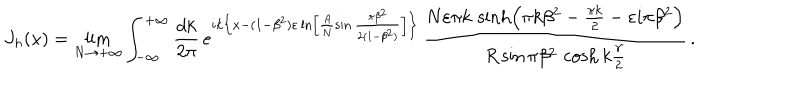
J _ { h } ( x ) = \lim _ { N \rightarrow + \infty } \int _ { - \infty } ^ { + \infty } \frac { d k } { 2 \pi } \, e ^ { i k \left\{ x - ( 1 - \beta ^ { 2 } ) \varepsilon \ln \left[ \frac { A } { N } \sin \frac { \pi \beta ^ { 2 } } { 2 ( 1 - \beta ^ { 2 } ) } \right] \right\} } \, \frac { N \varepsilon \pi k \, \sinh \left( \pi k \beta ^ { 2 } - \frac { \pi k } { 2 } - \varepsilon i \pi \beta ^ { 2 } \right) } { R \sin \pi \beta ^ { 2 } \, \cosh k \frac { \gamma } { 2 } } \, .